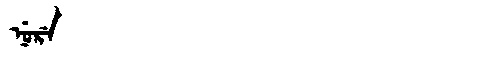
Manchu: ᠨᡠᡵᡝ
Romanization: NURE